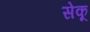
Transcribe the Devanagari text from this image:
सेकू